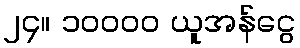
၂၄။ ၁၀၀၀၀ ယူအန်ငွေ